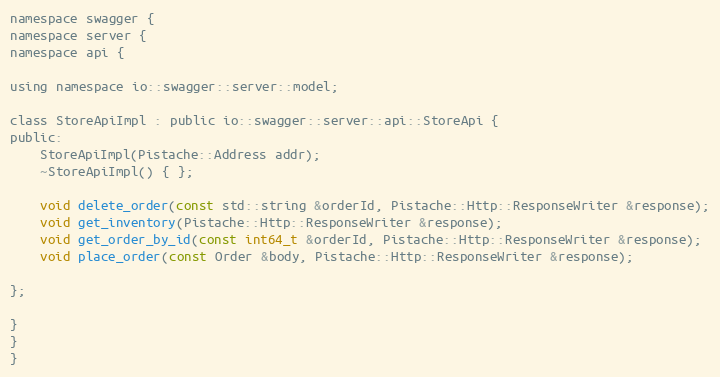
Language: C
namespace swagger {
namespace server {
namespace api {

using namespace io::swagger::server::model;

class StoreApiImpl : public io::swagger::server::api::StoreApi {
public:
    StoreApiImpl(Pistache::Address addr);
    ~StoreApiImpl() { };

    void delete_order(const std::string &orderId, Pistache::Http::ResponseWriter &response);
    void get_inventory(Pistache::Http::ResponseWriter &response);
    void get_order_by_id(const int64_t &orderId, Pistache::Http::ResponseWriter &response);
    void place_order(const Order &body, Pistache::Http::ResponseWriter &response);

};

}
}
}